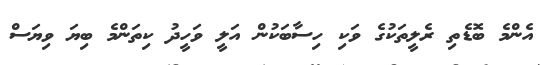
އެންމެ ބޮޑެތި ރެލީތަކުގެ ވަކި ހިސާބަކުން އަލީ ވަހީދު ކިތަންމެ ބިޔަ ވިޔަސް